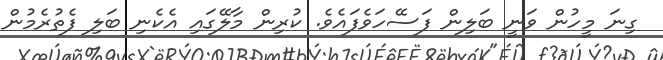
ގިނަ މީހުން ވަނީ ބަލިން ފަސޭހަވެފައެވެ. ކުރިން މާލޭގައި އެކެނި ބަލި ފެތުރެމުން